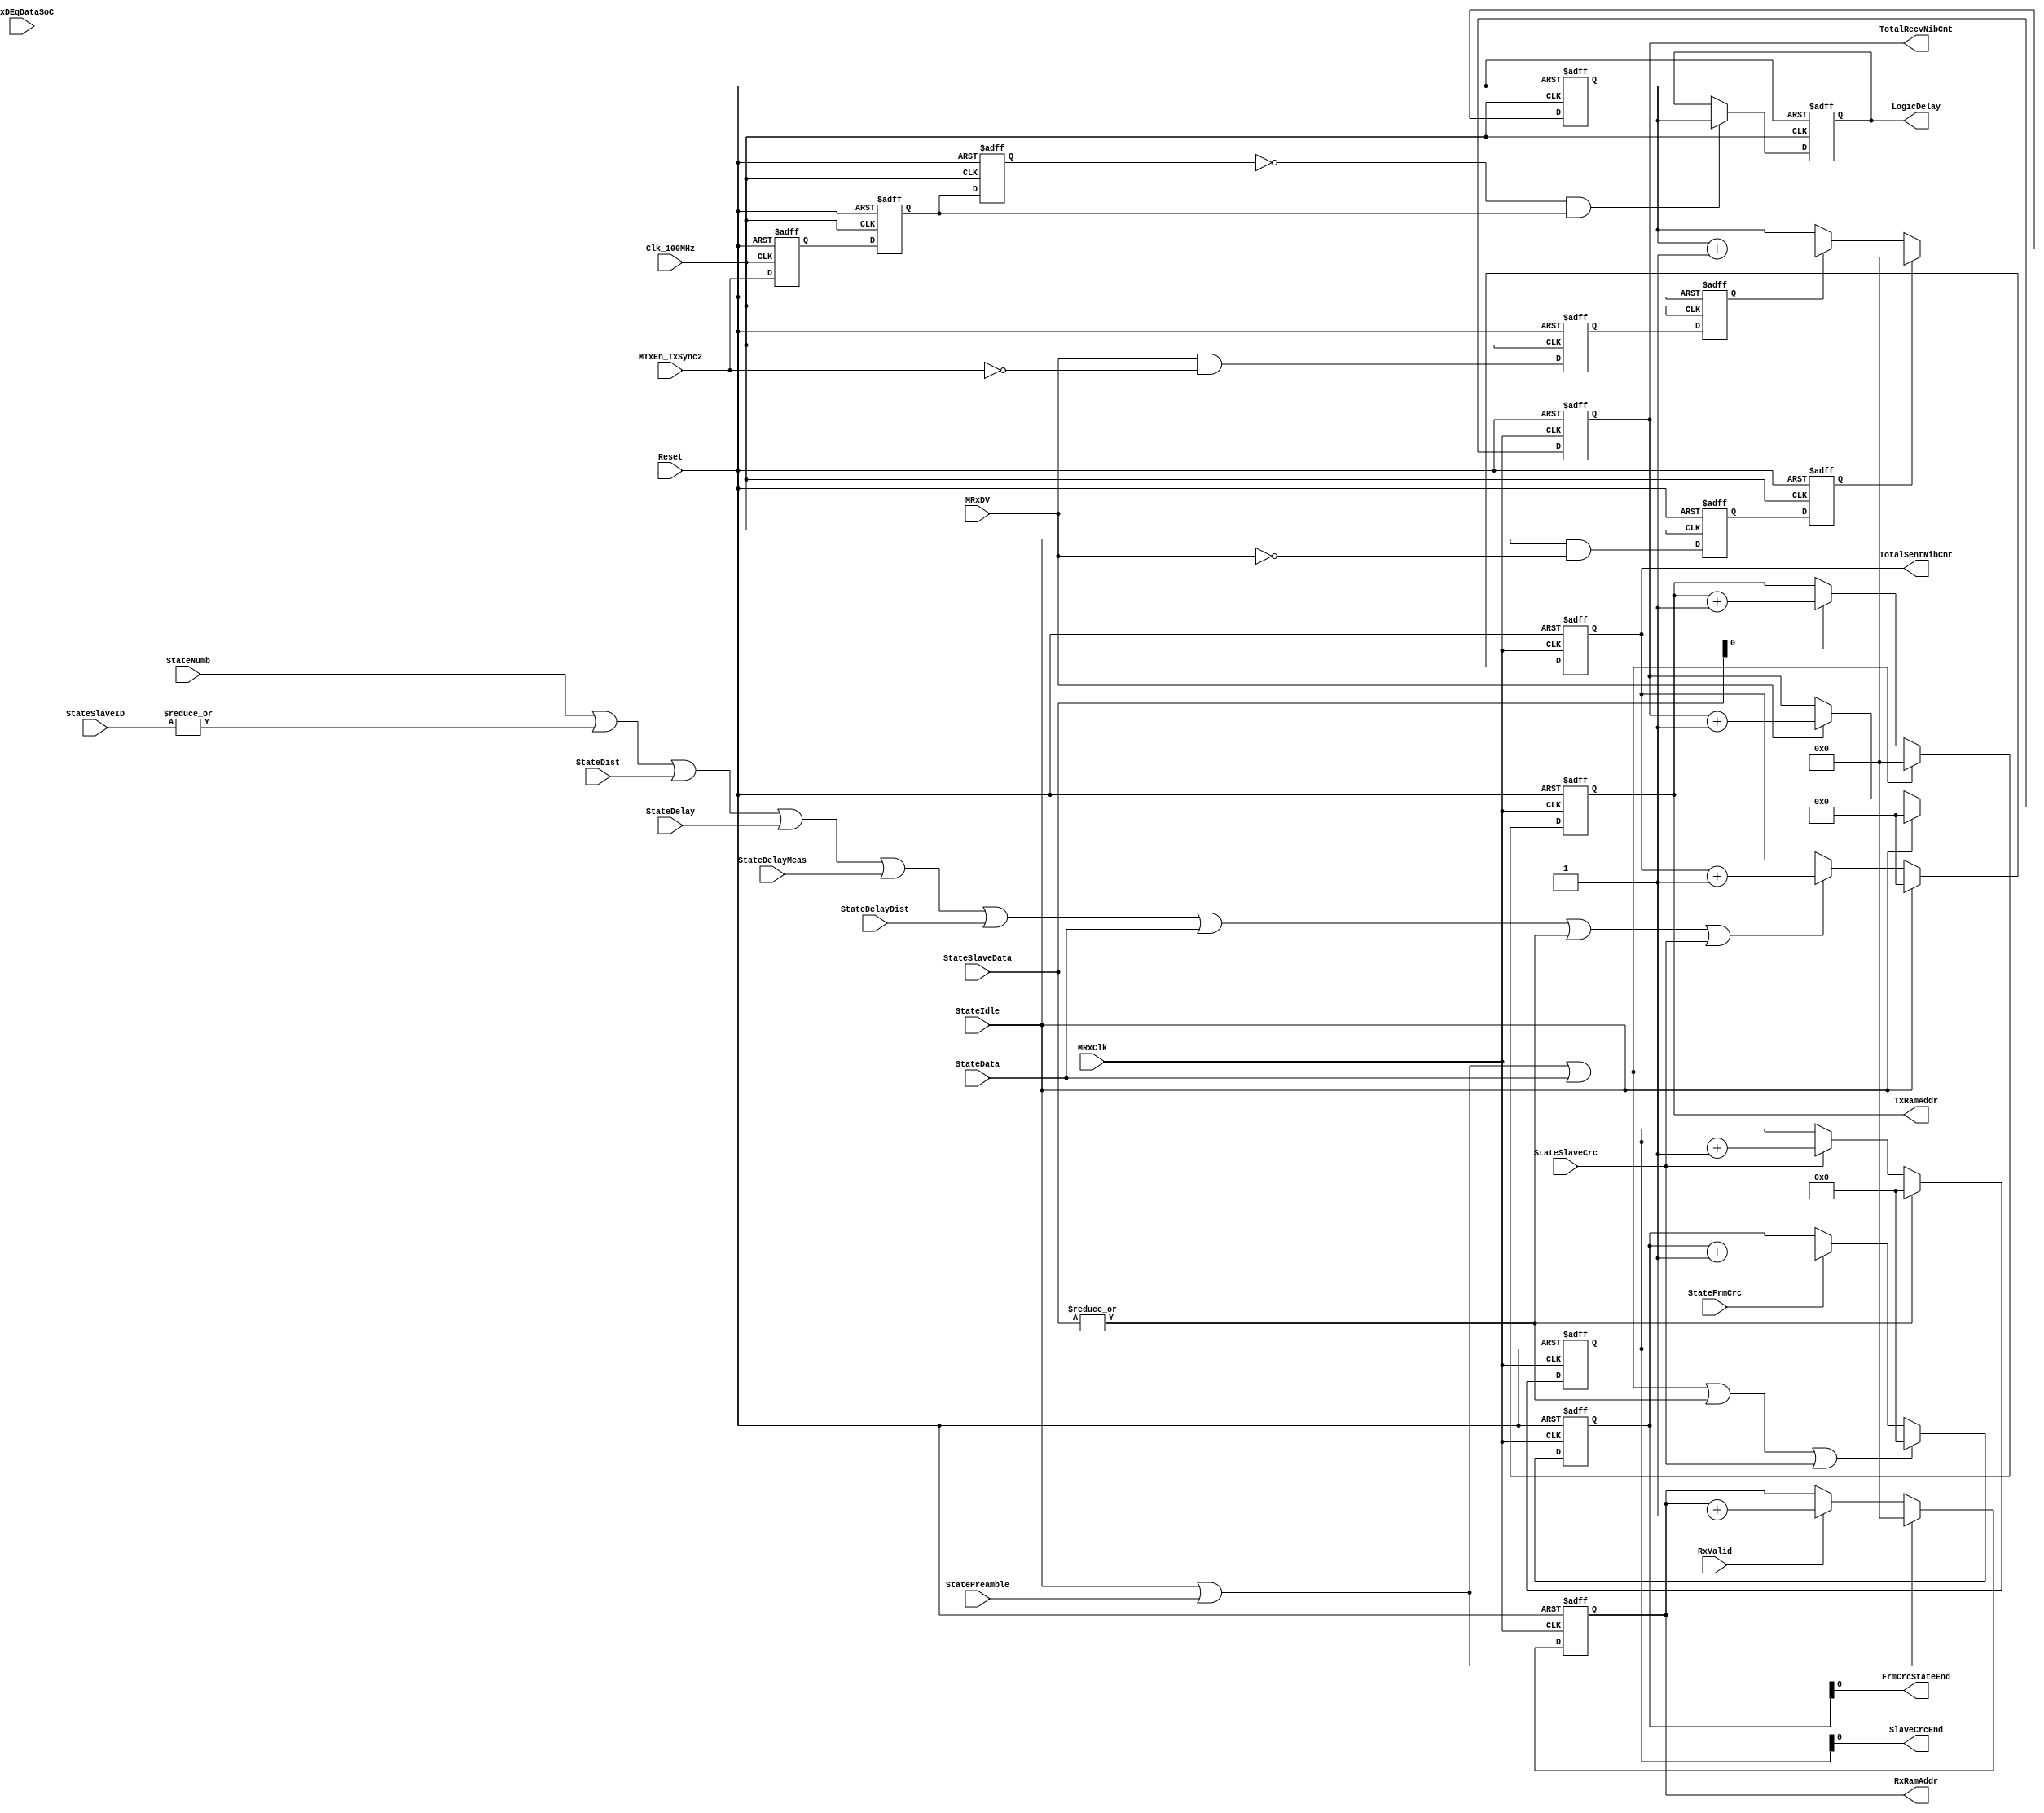
module fb_slave_counters (MRxClk, Clk_100MHz, Reset, MRxDV, RxValid, MRxDEqDataSoC, MTxEn_TxSync2,
                          StateIdle, StatePreamble, StateNumb, StateSlaveID, StateDist, StateDelay, StateDelayMeas,
                          StateDelayDist, StateData, StateSlaveData, StateSlaveCrc, StateFrmCrc,
                          TotalRecvNibCnt, TotalSentNibCnt, LogicDelay, SlaveCrcEnd, FrmCrcStateEnd, TxRamAddr, RxRamAddr
                      );

input        MRxClk;                  // Tx clock
input        Clk_100MHz;
input        Reset;                   // Reset
input        MRxDV;
input        RxValid;
input        MRxDEqDataSoC;
input        MTxEn_TxSync2;
input        StateIdle;               // Idle state
input        StatePreamble;           // Preamble state
input        StateNumb;
input [1:0]  StateSlaveID;
input        StateDist;
input        StateDelay;
input        StateDelayMeas;
input        StateDelayDist;
input        StateData;               // Data state
input [1:0]  StateSlaveData;          // StateSlaveData state
input        StateSlaveCrc;           // slave CRC state
input        StateFrmCrc;

output [15:0] TotalSentNibCnt;
output [15:0] TotalRecvNibCnt;        // total Nibble counter
output [7:0]  LogicDelay;              // Nibble counter
output [7: 0] TxRamAddr;
output [7: 0] RxRamAddr;
output        SlaveCrcEnd;
output        FrmCrcStateEnd;

reg [15:0]    TotalSentNibCnt;
reg [15:0]    TotalRecvNibCnt;
reg [7:0]     LogicDelay;
reg [7:0]     LogicDelayCnt;
reg [3: 0]    CrcNibCnt;
reg [3: 0]    PreambleNibCnt;
reg [3: 0]    FrmCrcNibCnt;
reg [7: 0]    TxRamAddr;
reg [7: 0]    RxRamAddr;

reg ResetLogicDelayCnt_100MHzSync1     ;
reg ResetLogicDelayCnt_100MHzSync2     ;
        
reg IncrementLogicDelayCnt_100MHzSync1 ; 
reg IncrementLogicDelayCnt_100MHzSync2 ;
    
reg MTxEn_TxSync2_100MHzSync1          ;
reg MTxEn_TxSync2_100MHzSync2          ;
reg MTxEn_TxSync2_100MHzSync3          ;

wire  ResetLogicDelayCnt;
wire IncrementLogicDelayCnt;
assign IncrementLogicDelayCnt =  MRxDV & ~MTxEn_TxSync2; //start counting when receiving any signal but yet not transmitting anything
assign ResetLogicDelayCnt = StateIdle &  ~MRxDV ;


//////////////////////////////   100 MHz clock domain   /////////////////////

 
always @ (posedge Clk_100MHz or posedge Reset)
begin
  if(Reset)
  begin
    ResetLogicDelayCnt_100MHzSync1     <=  1'b0;
    ResetLogicDelayCnt_100MHzSync2     <=  1'b0;
        
    IncrementLogicDelayCnt_100MHzSync1 <=  1'b0; 
    IncrementLogicDelayCnt_100MHzSync2 <=  1'b0;
    
    MTxEn_TxSync2_100MHzSync1          <=  1'b0;
    MTxEn_TxSync2_100MHzSync2          <=  1'b0;
    MTxEn_TxSync2_100MHzSync3          <=  1'b0;
  end
  else
    begin
    ResetLogicDelayCnt_100MHzSync1     <= ResetLogicDelayCnt;
    ResetLogicDelayCnt_100MHzSync2     <= ResetLogicDelayCnt_100MHzSync1;
    
    IncrementLogicDelayCnt_100MHzSync1 <= IncrementLogicDelayCnt;
    IncrementLogicDelayCnt_100MHzSync2 <= IncrementLogicDelayCnt_100MHzSync1;
    
    MTxEn_TxSync2_100MHzSync1          <=  MTxEn_TxSync2;
    MTxEn_TxSync2_100MHzSync2          <=  MTxEn_TxSync2_100MHzSync1;
    MTxEn_TxSync2_100MHzSync3          <=  MTxEn_TxSync2_100MHzSync2;
    end
end

// register logic delay 

always @ (posedge Clk_100MHz or posedge Reset)
begin
  if(Reset)
    LogicDelay <=  8'b0; 
  else 
  if ((MTxEn_TxSync2_100MHzSync3==0) & (MTxEn_TxSync2_100MHzSync2 ==1)) // stop counting when TX start to transmitting any signal
    LogicDelay <= LogicDelayCnt;
end

 
// delay counter count from receiving to starting sending signal
always @ (posedge Clk_100MHz or posedge Reset)
begin
  if(Reset)
    LogicDelayCnt <=  8'd0;
  else
    begin
      if(ResetLogicDelayCnt_100MHzSync2)
        LogicDelayCnt <=  8'd0;
      else
      if(IncrementLogicDelayCnt_100MHzSync2)
        LogicDelayCnt <=  LogicDelayCnt + 8'd1;
    end
end



//////////////////////////////   100 MHz clock domain end/////////////////////

// Total Nibble Counter received for the whole frame incl.( Preamble, SoC, SlaveDate, SlaveCRC, NO FrameCRC)
wire ResetTotalRecvNibCnt;
wire IncrementTotalRecvNibCnt;
assign IncrementTotalRecvNibCnt = MRxDV;
assign ResetTotalRecvNibCnt =  StateIdle;

always @ (posedge MRxClk or posedge Reset)
begin
  if(Reset)
    TotalRecvNibCnt <=  16'h0;
  else
    begin
      if(ResetTotalRecvNibCnt)
        TotalRecvNibCnt <=  16'h0;
      else
      if(IncrementTotalRecvNibCnt)
        TotalRecvNibCnt <=  TotalRecvNibCnt + 16'd1;
     end
end


// Total Nibble Counter already sent( Preamble,SoC, SlaveDate, SlaveCRC, NO FrameCRC)
wire ResetTotalSentNibCnt;
wire IncrementTotalSentNibCnt;
assign IncrementTotalSentNibCnt = StateNumb | (|StateSlaveID) | StateDist | StateDelay | StateDelayMeas | StateDelayDist |StateData | (|StateSlaveData) | StateSlaveCrc ;
assign ResetTotalSentNibCnt =  StateIdle;

always @ (posedge MRxClk or posedge Reset)
begin
  if(Reset)
    TotalSentNibCnt <=  16'h0;
  else
    begin
      if(ResetTotalSentNibCnt)
        TotalSentNibCnt <=  16'h0;
      else
      if(IncrementTotalSentNibCnt)
        TotalSentNibCnt <=  TotalSentNibCnt + 16'd1;
     end
end


wire IncrementCrcNibCnt;
wire ResetCrcNibCnt;
assign IncrementCrcNibCnt = StateSlaveCrc ;
assign ResetCrcNibCnt =  |StateSlaveData ;  
assign SlaveCrcEnd = CrcNibCnt[0] ;

always @ (posedge MRxClk or posedge Reset)
begin
  if(Reset)
    CrcNibCnt <=  4'b0;
  else
    begin
      if(ResetCrcNibCnt)
        CrcNibCnt <=  4'b0;
      else
      if(IncrementCrcNibCnt)
        CrcNibCnt <=  CrcNibCnt + 4'b0001;
     end
end


wire IncrementFrmCrcNibCnt;
wire ResetFrmCrcNibCnt;

assign IncrementFrmCrcNibCnt = StateFrmCrc ;
assign ResetFrmCrcNibCnt =  StateIdle | StatePreamble | StateData | (|StateSlaveData) | StateSlaveCrc;
assign FrmCrcStateEnd    =  FrmCrcNibCnt[0] ;

always @ (posedge MRxClk or posedge Reset)
begin
  if(Reset)
    FrmCrcNibCnt <=  4'b0;
  else
    begin
      if(ResetFrmCrcNibCnt)
        FrmCrcNibCnt <=  4'b0;
      else
      if(IncrementFrmCrcNibCnt)
        FrmCrcNibCnt <=  FrmCrcNibCnt + 4'b0001;
     end
end


wire IncrementTxRamAddr;
wire ResetTxRamAddr;

assign ResetTxRamAddr =  StateIdle | StatePreamble | StateData;
assign IncrementTxRamAddr = StateSlaveData[0];

always @ (posedge MRxClk or posedge Reset)
begin
  if(Reset)
    TxRamAddr <=  8'b0;
  else
    begin
      if(ResetTxRamAddr)
        TxRamAddr <=  8'b0;
      else
      if(IncrementTxRamAddr)
        TxRamAddr <=  TxRamAddr + 8'b0001;
     end
end


wire ResetRxRamAddr;
wire IncrementRxRamAddr;
assign ResetRxRamAddr =  StateIdle | StatePreamble;
assign IncrementRxRamAddr = RxValid ;

always @ (posedge MRxClk or posedge Reset)
begin
  if(Reset)
    RxRamAddr[7:0] <=  8'd0;
  else
    begin
      if(ResetRxRamAddr)
        RxRamAddr[7:0] <=  8'd0;
      else
      if(IncrementRxRamAddr)
        RxRamAddr[7:0] <=  RxRamAddr[7:0] + 8'd1;
     end
end




endmodule